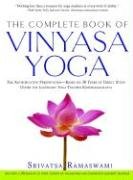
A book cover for The Complete Book of Vinyasa Yoga: The Authoritative Presentation-Based on 30 Years of Direct Study Under the Legendary Yoga Teacher Krishnamacha; Srivatsa Ramaswami; Health, Fitness & Dieting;